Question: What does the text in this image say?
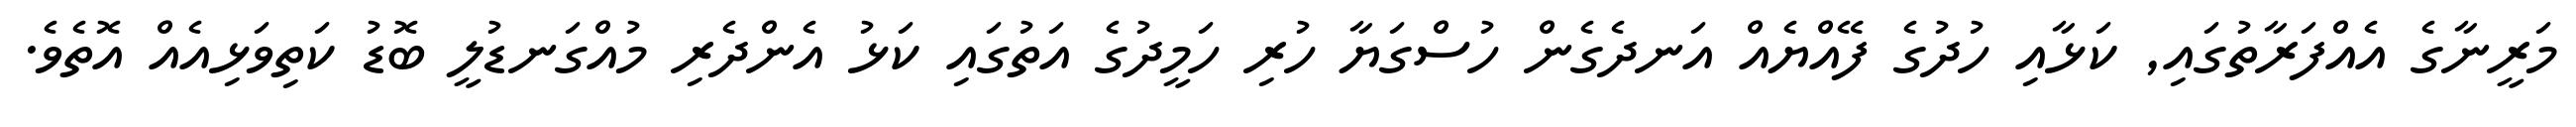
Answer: މަރީނާގެ އެއްފަރާތުގައި, ކަޅާއި ހުދުގެ ފޭއްޔެއް އަނދެގެން ހުސްގަޔާ ހުރި ހަމީދުގެ އަތުގައި ކަޅު އެންދެރި މުއްގަނޑުލީ ބޮޑު ކަތިވަޅިއެއް އޮތެވެ.